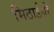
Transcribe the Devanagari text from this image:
मिठाईयो